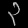
Digit: ၃